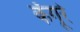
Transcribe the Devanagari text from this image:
कँगूरे